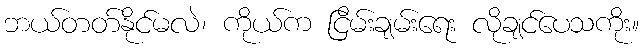
ဘယ်တတ်နိုင်မလဲ၊ ကိုယ်က ငြိမ်းချမ်းရေး လိုချင်ပေသကိုး။